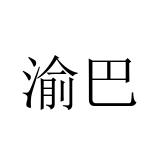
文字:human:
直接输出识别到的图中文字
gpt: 渝巴